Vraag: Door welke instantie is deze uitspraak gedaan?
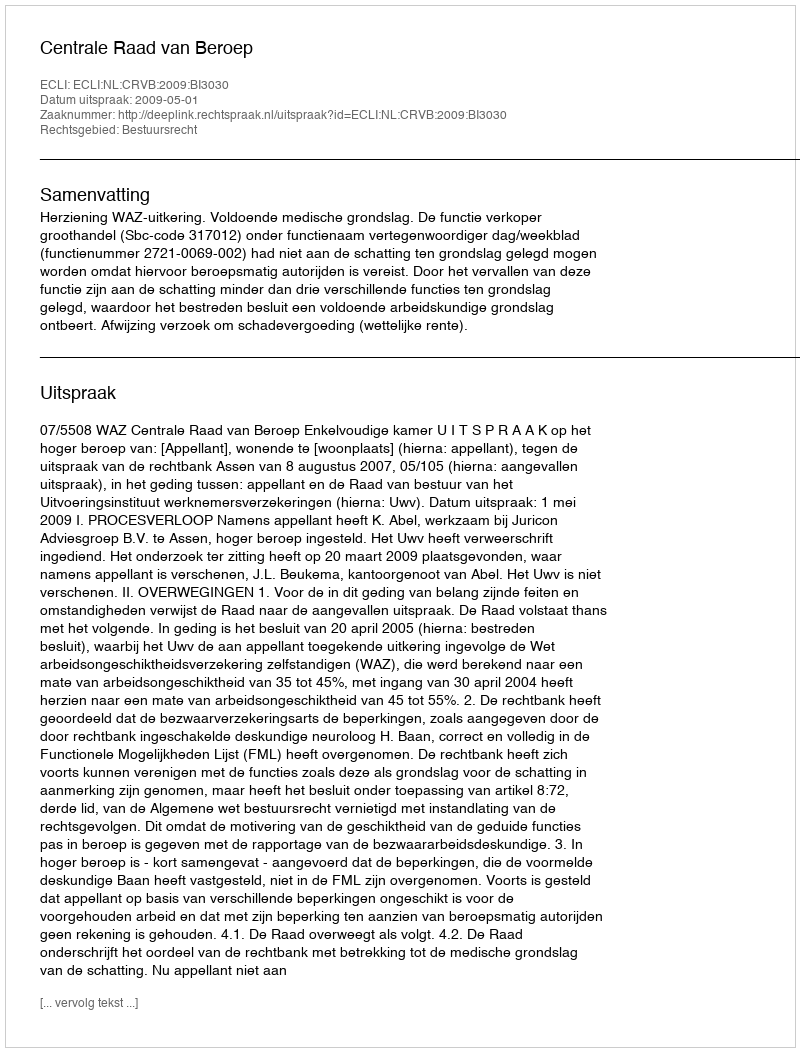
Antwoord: Centrale Raad van Beroep